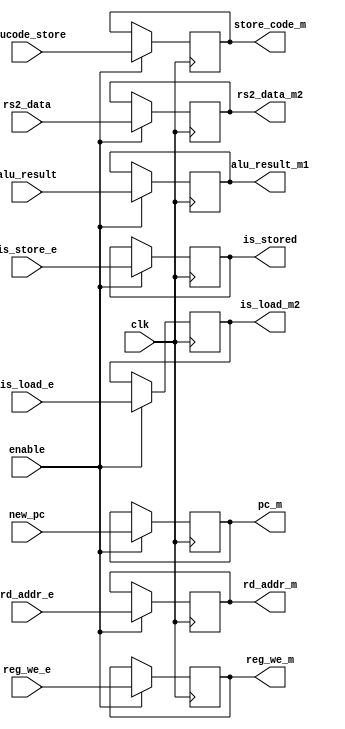
module M(input wire clk, input wire enable, input wire[31:0] new_pc,
input wire [31:0] alu_result, input wire [31:0] rs2_data, 
input wire is_load_e, input wire is_store_e, input wire [4:0] rd_addr_e,
input wire reg_we_e, input wire [5:0] alucode_store,
output wire [31:0] pc_m, output wire [31:0] alu_result_m1,
output wire [4:0] rd_addr_m, output wire reg_we_m, output wire is_load_m2, output wire is_stored,
output wire [31:0] rs2_data_m2, output wire [5:0] store_code_m);
    reg [31:0] reg_new_pc;
    reg [31:0] reg_alu_result;
    reg [31:0] reg_rs2_data;
    reg reg_is_load;
    reg reg_is_store;
    reg [4:0] reg_rd_addr_e;
    reg reg_reg_we_e;
    reg [5:0] reg_store_code;

    always @(posedge clk) begin
        if (enable) begin
            reg_new_pc <= new_pc;
            reg_alu_result <= alu_result;
            reg_rs2_data <= rs2_data;
            reg_is_load <= is_load_e;
            reg_is_store <= is_store_e;
            reg_rd_addr_e <= rd_addr_e;
            reg_reg_we_e <= reg_we_e;
            reg_store_code <= alucode_store;
        end
    end
    assign pc_m = reg_new_pc;
    assign alu_result_m1 = reg_alu_result;
    assign rd_addr_m = reg_rd_addr_e;
    assign reg_we_m = reg_reg_we_e;
    assign is_load_m2 = reg_is_load;
    assign is_stored = reg_is_store;
    assign rs2_data_m2 = reg_rs2_data;
    assign store_code_m = reg_store_code;
endmodule